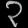
Digit: ၃